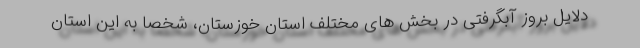
دلایل بروز آبگرفتی در بخش های مختلف استان خوزستان، شخصا به این استان